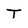
Character: T